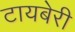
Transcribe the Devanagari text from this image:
टायबेरी